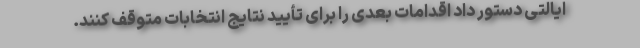
ایالتی دستور داد اقدامات بعدی را برای تأیید نتایج انتخابات متوقف کنند.